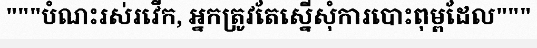
"""បំណះរស់រវើក, អ្នកត្រូវតែស្នើសុំការបោះពុម្ពដែល"""